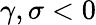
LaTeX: \gamma,\sigma<0